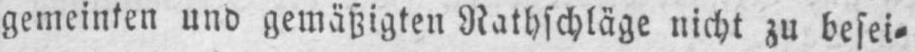
gemeinten und gemäßigten Rathschläge nicht zu besei⸗